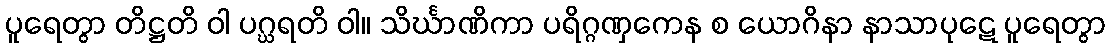
ပူရေတွာ တိဋ္ဌတိ ဝါ ပဂ္ဃရတိ ဝါ။ သိင်္ဃာဏိကာ ပရိဂ္ဂဏှကေန စ ယောဂိနာ နာသာပုဋေ ပူရေတွာ